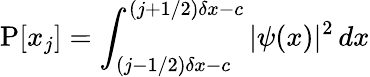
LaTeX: \operatorname{P}[x_{j}]=\int_{(j-1/2)\delta x-c}^{(j+1/2)\delta x-c}|\psi(x)|^{2}\, dx